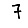
Digit: 7